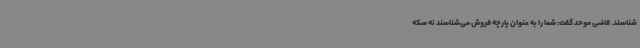
شناسند. قاضی موحد گفت: شما را به عنوان پارچه فروش می‌شناسند نه سکه